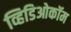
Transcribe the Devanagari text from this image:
व्हिडिओकॉम